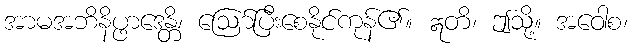
အာမအဘိနိပ္ဖာဒေန္တိ၊ ဩော်ပြီးစေနိုင်ကုန်၏။ ဣတိ၊ ဤသို့။ အဝေါစ၊